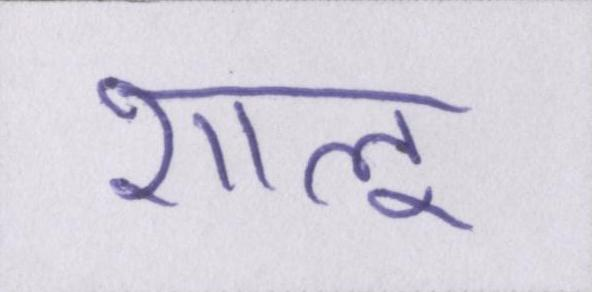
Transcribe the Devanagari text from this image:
शालू